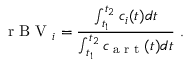
\textup { r B V } _ { i } = \frac { \int _ { t _ { 1 } } ^ { t _ { 2 } } c _ { i } ( t ) d t } { \int _ { t _ { 1 } } ^ { t _ { 2 } } c _ { \textup { a r t } } ( t ) d t } ~ .